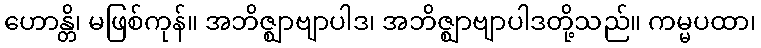
ဟောန္တိ၊ မဖြစ်ကုန်။ အဘိဇ္ဈာဗျာပါဒ၊ အဘိဇ္ဈာဗျာပါဒတို့သည်။ ကမ္မပထာ၊